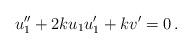
LaTeX: \begin{align*}u_1''+2ku_1u_1'+kv'=0 \,. \end{align*}